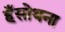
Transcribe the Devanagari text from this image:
हँसोथना